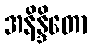
အနိန္ဒိတော